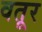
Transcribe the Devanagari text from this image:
वतूर